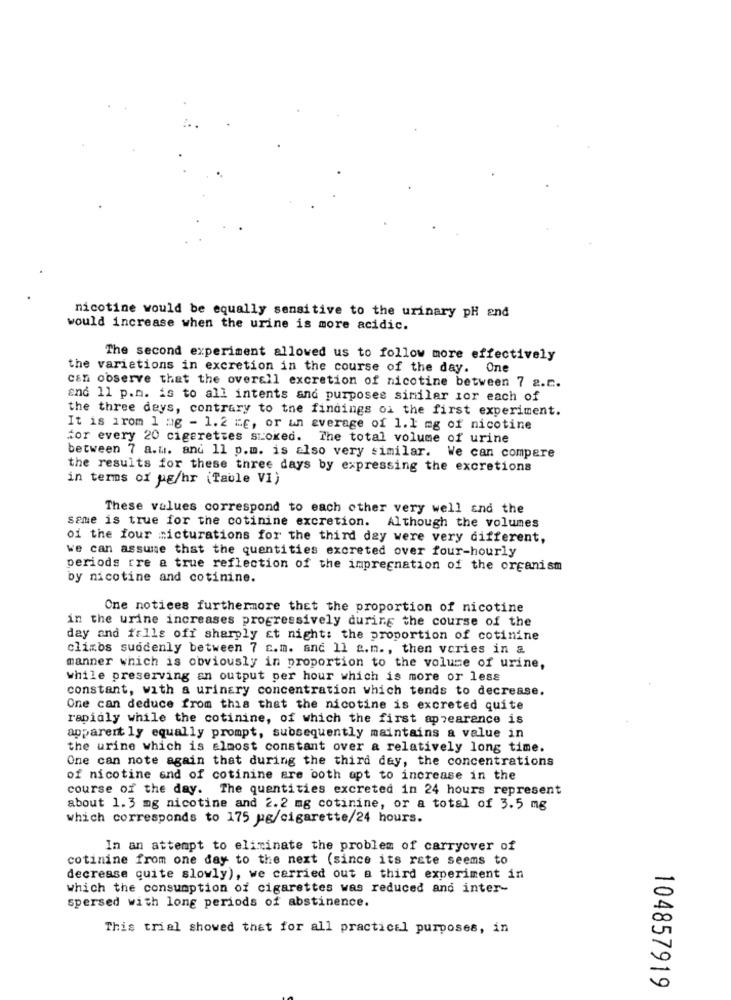
nicotine would be equally sensitive to the urinary pH and
would increase when the urine is more acidic.
The second experiment allowed us to follow more effectively
the variations in excretion in the course of the day. One
can observe that the overall excretion of nicotine between 7 a.c.
and 11 p.n. is to all intents and purposes similar ior each of
the three deys, contrary to the findings oi the first experiment.
It is irom 1 mg - 1.2 "E, or un average of 1.1 mg of nicotine
for every 20 cigarettes stoked. The total volume of urine
between 7 a.w. and 11 p.m. is also very similar. We can compare
the results for these three days by expressing the excretions
in terms of ug/hr (Taule VI)
These values correspond to each other very well and the
same is true for the cotinine excretion.
Although the volumes
of the four micturations for the third day were very different,
we can assume that the quantities excreted over four-hourly
periods tre a true reflection of the impregnation of the organism
by nicotine and cotinine.
One notices furthermore thet the proportion of nicotine
in the urine increases progressively during the course of the
day and falls off sharply at night: the proportion of cotinine
climbs suddenly between 7 c.m. and 11 a.m ., then vcries in a
manner which is obviously in proportion to the volume of urine,
while preserving an output per hour which is more or less
constant, with a urinary concentration which tends to decrease.
One can deduce from this that the nicotine is excreted quite
rapidly while the cotinine, of which the first appearance is
apparently equally prompt, subsequently maintains a value in
the urine which is almost constant over a relatively long time.
One can note again that during the third day, the concentrations
of nicotine end of cotinine are both apt to increase in the
course of the day. The quentities excreted in 24 hours represent
about 1.3 mg nicotine and 2.2 mg cotinine, or a total of 3.5 mg
which corresponds to 175 ug/cigarette/24 hours.
In an attempt to eliminate the problem of carryover of
cotinine from one day to the next (since its rate seems to
decrease quite slowly), we carried out a third experiment in
which the consumption of cigarettes was reduced and inter-
spersed with long periods of abstinence.
This trial showed that for all practical purposes, in
104857919